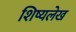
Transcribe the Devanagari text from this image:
शिष्यलेख